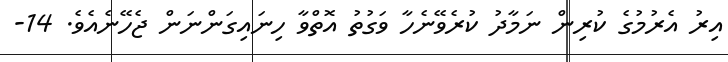
އިރު އެރުމުގެ ކުރިން ނަމާދު ކުރެވޭނެހާ ވަގުތު އޮތްވާ ހިނައިގަންނަން ޖެހޭނެއެވެ. 14-